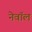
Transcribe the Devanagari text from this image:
नेवॉल